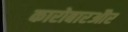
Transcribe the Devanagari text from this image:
कारोबारऔर